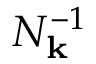
N _ { \mathbf { k } } ^ { - 1 }